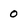
Character: 0